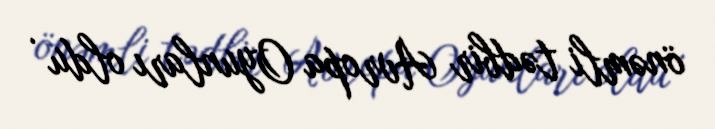
önəmli tədbir Avropa Oyunları oldu .